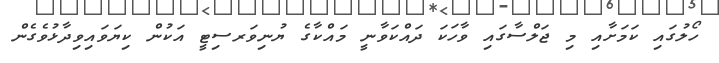
ހޯލުގައި ކަމަށާއި މި ޖަލްސާގައި ވާހަކަ ދައްކަވާނީ މައްކާގެ ޔުނިވަރސިޓީ އަކުން ކިޔަވައިވިދާޅުވެގެން